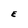
Character: E